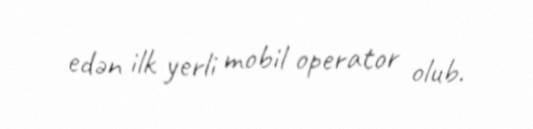
edən ilk yerli mobil operator olub.